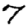
Digit: 7